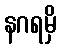
နဂရမှိ